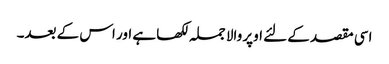
اسی مقصد کے لئے اوپر والا جملہ لکھا ہے اور اس کے بعد۔